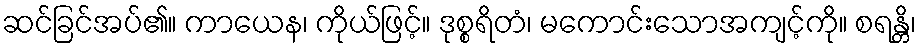
ဆင်ခြင်အပ်၏။ ကာယေန၊ ကိုယ်ဖြင့်။ ဒုစ္စရိတံ၊ မကောင်းသောအကျင့်ကို။ စရန္တိ၊